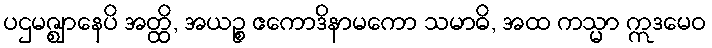
ပဌမဇ္ဈာနေပိ အတ္ထိ, အယဉ္စ ဧကောဒိနာမကော သမာဓိ, အထ ကသ္မာ ဣဒမေဝ